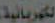
الكهربائية